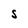
Character: S